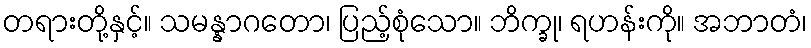
တရားတို့နှင့်။ သမန္နာဂတော၊ ပြည့်စုံသော။ ဘိက္ခု၊ ရဟန်းကို။ အဘာတံ၊